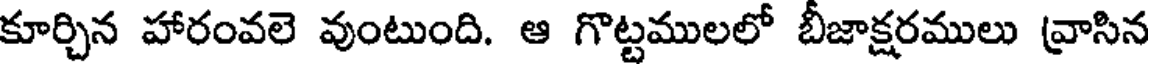
కూర్చిన హారంవలె వుంటుంది. ఆ గొట్టములలో బీజాక్షరములు వ్రాసిన